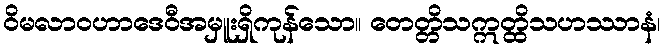
ဝိမလာဝဟာဒေဝီအမှူးရှိကုန်သော။ တေတ္တိသဣတ္ထိသဟဿာနံ၊